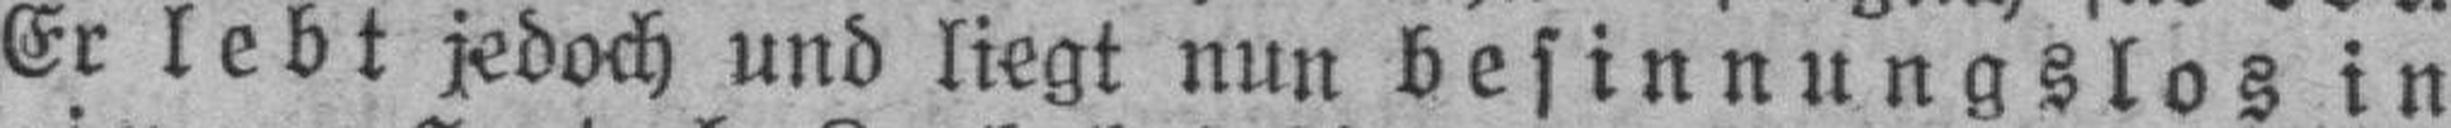
Er lebt jedoch und liegt nun besinnungslos in